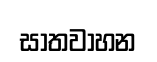
සාතවාහන